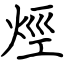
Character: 烴